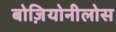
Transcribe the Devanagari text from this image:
बोज़ियोनीलोस